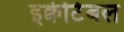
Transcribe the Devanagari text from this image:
इक्वीटेबल